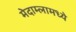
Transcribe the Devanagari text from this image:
मेदाम्लामध्ये